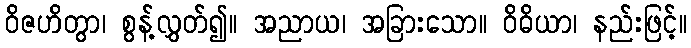
ဝိဇဟိတွာ၊ စွန့်လွှတ်၍။ အညာယ၊ အခြားသော။ ဝိဓိယာ၊ နည်းဖြင့်။